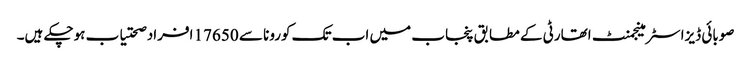
صوبائی ڈیزاسٹر مینجمنٹ اتھارٹی کے مطابق پنجاب میں اب تک کورونا سے 17650 افراد صحتیاب ہوچکے ہیں۔